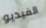
الفيديو